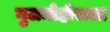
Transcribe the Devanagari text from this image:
गुलमोहोराला